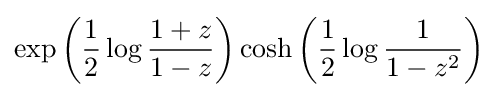
\exp \left({\frac {1}{2}}\log {\frac {1+z}{1-z}}\right)\cosh \left({\frac {1}{2}}\log {\frac {1}{1-z^{2}}}\right)